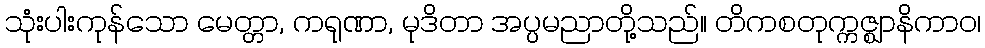
သုံးပါးကုန်သော မေတ္တာ, ကရုဏာ, မုဒိတာ အပ္ပမညာတို့သည်။ တိကစတုက္ကဇ္ဈာနိကာဝ၊